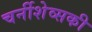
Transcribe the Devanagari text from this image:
चर्नीशेव्सकी